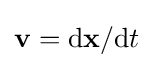
\mathbf {v} =\mathrm {d} \mathbf {x} /\mathrm {d} t